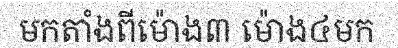
មកតាំងពីម៉ោង៣ ម៉ោង៤មក